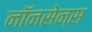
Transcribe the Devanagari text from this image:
नॉनसेन्स